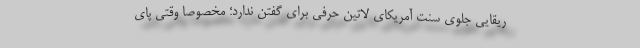
ریقایی جلوی سنت آمریکای لاتین حرفی برای گفتن ندارد؛ مخصوصا وقتی پای